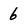
Character: 6